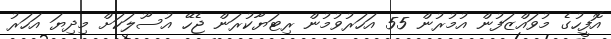
އޮފީހުގެ މުވައްޒަފުން އުމުރުން 55 އަހަރުވުމުން ރިޓަޔާކުރަން ޖެހޭ އުސޫލަކަށް މިދިޔަ އަހަރު